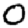
Digit: 0